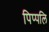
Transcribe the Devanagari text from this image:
पिप्पलि